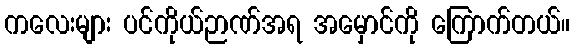
ကလေးများ ပင်ကိုယ်ဉာဏ်အရ အမှောင်ကို ကြောက်တယ်။